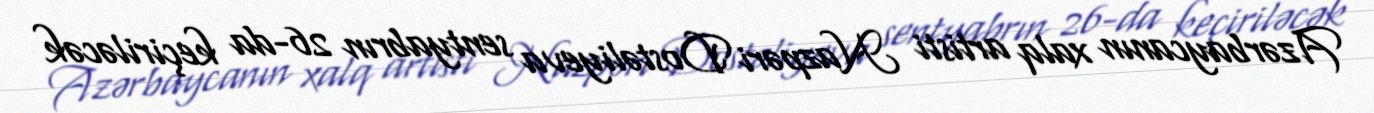
Azərbaycanın xalq artisti Nazpəri Dostəliyeva sentyabrın 26-da keçiriləcək